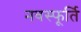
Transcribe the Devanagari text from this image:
नवस्फूर्ति